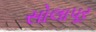
સોલાપૂર